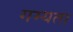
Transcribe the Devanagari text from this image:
गम्यता